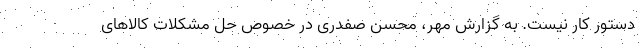
دستور کار نیست. به گزارش مهر، محسن صفدری در خصوص حل مشکلات کالاهای